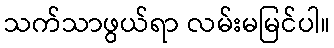
သက်သာဖွယ်ရာ လမ်းမမြင်ပါ။